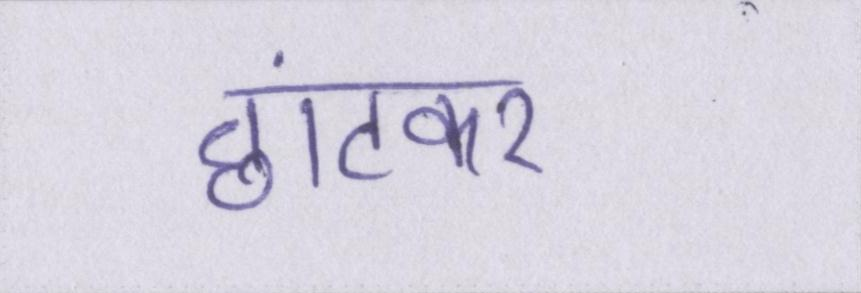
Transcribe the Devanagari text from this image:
छांटकर